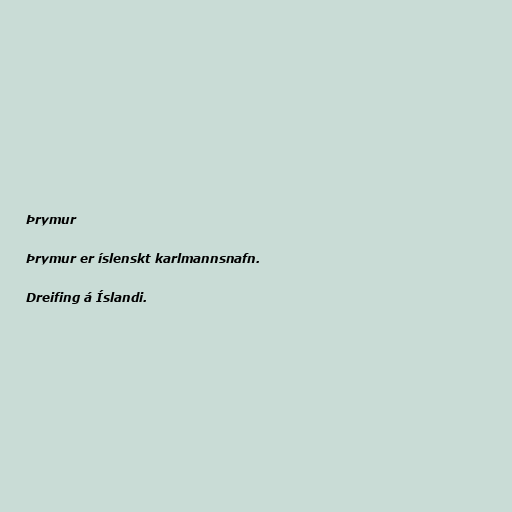
Þrymur

Þrymur er íslenskt karlmannsnafn.

Dreifing á Íslandi.